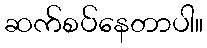
ဆက်စပ်နေတာပါ။